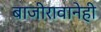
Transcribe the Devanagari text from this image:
बाजीरावानेही